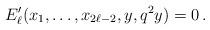
LaTeX: \begin{align*} E'_{\ell}(x_1,\ldots,x_{2\ell-2},y,q^2y)=0 \,.\end{align*}